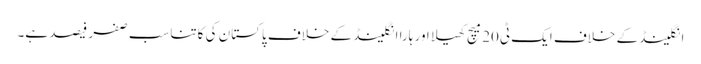
انگلینڈ کے خلاف ایک ٹی20میچ کھیلا اور ہارا انگلینڈ کے خلاف پاکستان کی کاتناسب صفر فیصد ہے۔